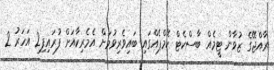
ރާއްޖޭގެ ޒުވާން ޓީމެއް ބާސްކެޓް ކޭމްޕެއްގައި ބައިވެރިވުމަށް އެމެރިކާއަށް ފުރައިފި2 އަހަރު 2